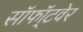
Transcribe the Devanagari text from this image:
सॉफॉ्टवेर